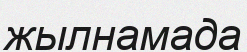
жылнамада